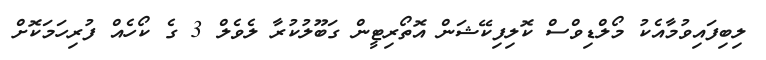
ލިބިފައިވުމާއެކު މޯލްޑިވްސް ކޮލިފިކޭޝަން އޮތޯރިޓީން ގަބޫލުކުރާ ލެވެލް 3 ގެ ކޯހެއް ފުރިހަމަކޮށް